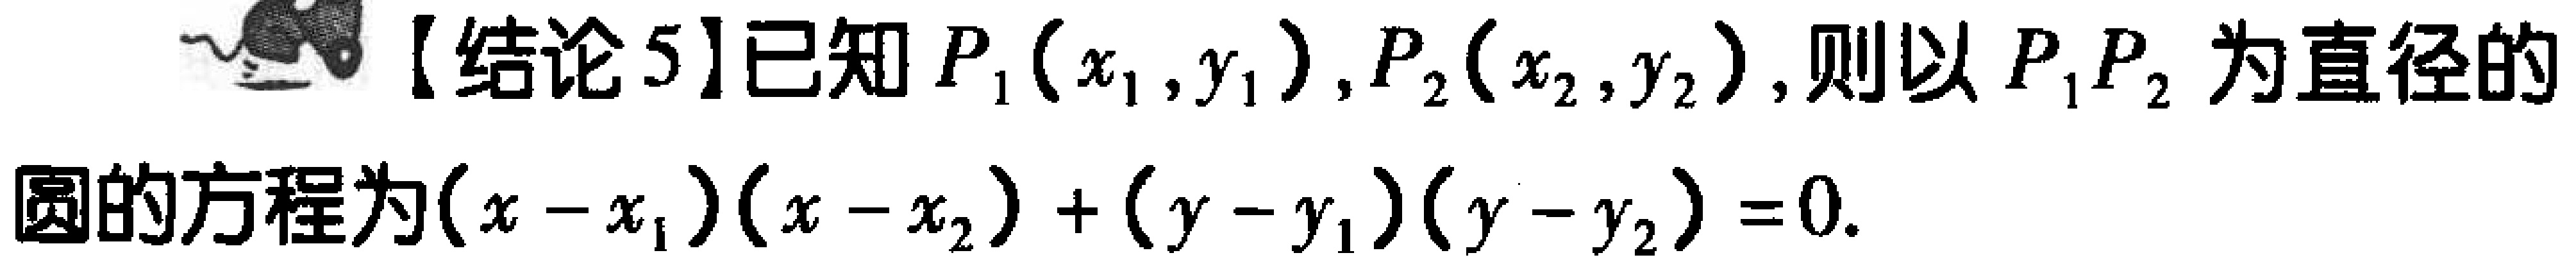
【结论5】已知 \(P_1(x_1,y_1)\)，\(P_2(x_2,y_2)\)，则以 \(P_1P_2\) 为直径的圆的方程为\((x - x_1)(x - x_2)+(y - y_1)(y - y_2)=0\)。